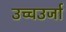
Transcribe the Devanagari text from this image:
उच्चउर्जा